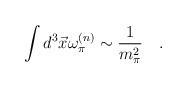
\begin{align*}\int d^3 \vec{x}\omega_{\pi}^{(n)}\sim \frac{1}{m_{\pi}^2}\quad . \end{align*}